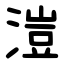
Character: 溰